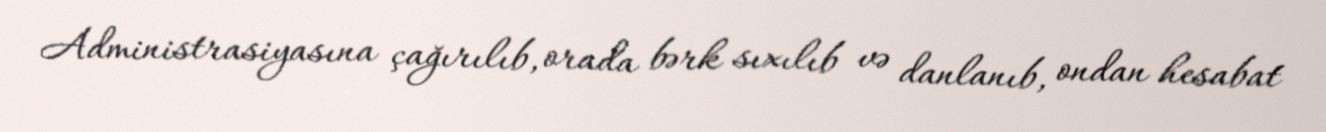
Administrasiyasına çağırılıb, orada bərk sıxılıb və danlanıb, ondan hesabat